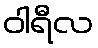
ဝါရီလ